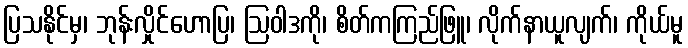
ပြသနိုင်မှ၊ ဘုန်းလှိုင်ဟောပြ၊ ဩဝါဒကို၊ စိတ်ကကြည်ဖြူ၊ လိုက်နာယူလျက်၊ ကိုယ်မူ